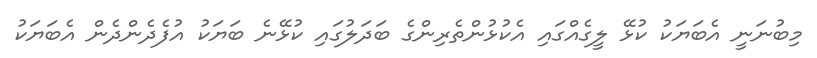
މިބުނަނީ އެބަޔަކު ކުޅޭ ލީގެއްގައި އެކުޅުންތެރިންގެ ބަދަލުގައި ކުޅޭނެ ބަޔަކު އުފެދެންދެން އެބަޔަކު